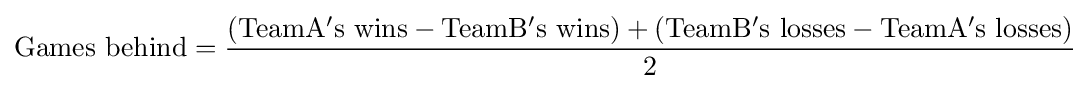
\mathrm {Games} \ \mathrm {behind} ={\frac {(\mathrm {TeamA's} \ \mathrm {wins} -\mathrm {TeamB's} \ \mathrm {wins} )+(\mathrm {TeamB's} \ \mathrm {losses} -\mathrm {TeamA's} \ \mathrm {losses} )}{\mathrm {2} }}